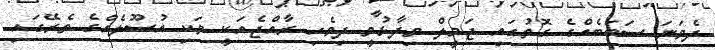
ދެވަނަ ސަބަބެއްގެ ގޮތުގައި ޖަމީލް ވިދާޅުވީ ދިވެހި ރާއްޖެއަކީ ވަކި އުސޫލެއްގެ ތެރޭގައި